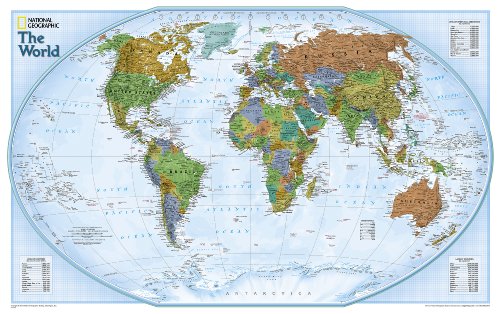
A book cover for World Explorer [Laminated] (National Geographic Reference Map); National Geographic Maps - Reference; Reference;